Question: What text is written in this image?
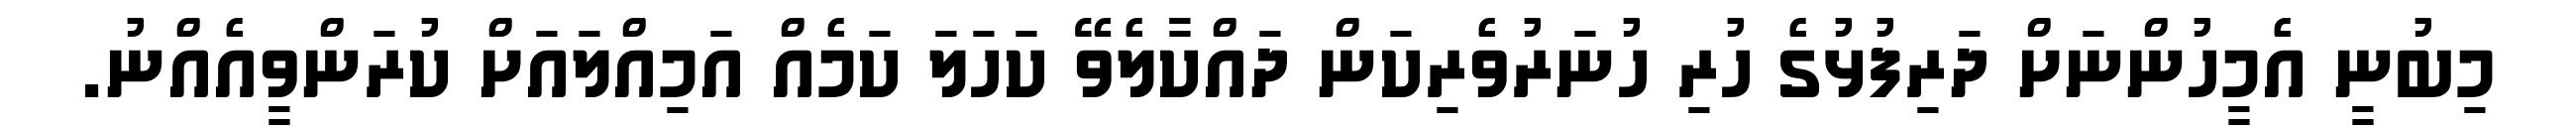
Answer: މިބުނީ އެމީހުންނަށް ދަރިފުޅުގެ ހުރި ހުނަރުވެރިކަން ދައްކާލެވޭ ކަހަލަ ކަމެއް އަމިއްލައަށް ކުރަންވީއެއްނު.